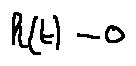
h ( t ) = 0